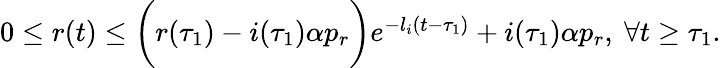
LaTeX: \begin{array}{r}{0\le r(t)\leq\bigg(r(\tau_{1})-i(\tau_{1})\alpha p_{r}\bigg)e^{-l_{i}(t-\tau_{1})}+i(\tau_{1})\alpha p_{r},\ \forall t\geq\tau_{1}.}\end{array}